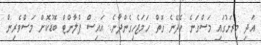
އަދި މިރަށުގައި މަސްގަނެ ހެދޭނެ ގޮތް ހަމަޖެހިގެންދާނެ. އައިސް ޕްލާންޓް ބޮޑުކޮށް މަސްވެރިން